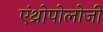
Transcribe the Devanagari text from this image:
एंथ्रोपोलोजी